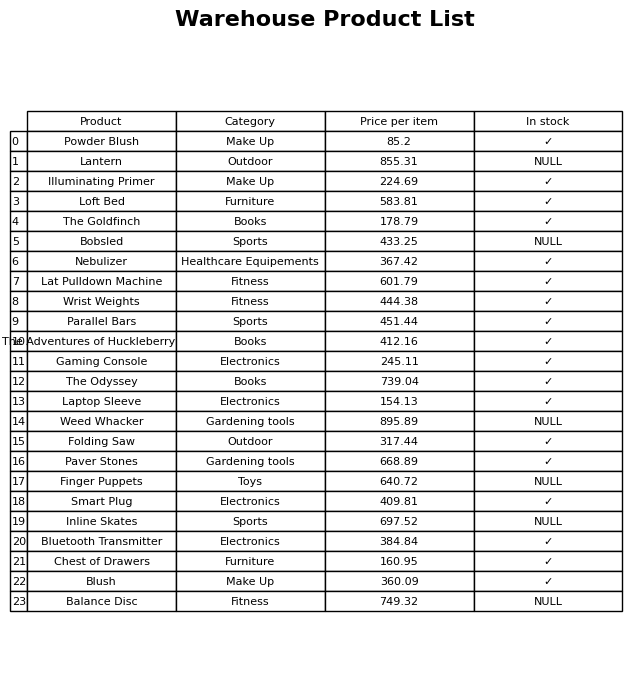
question: What is the stock status of the Bluetooth Transmitter?
answer: ✓